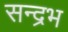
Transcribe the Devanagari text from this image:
सन्द्रभ